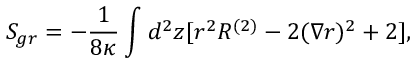
S _ { g r } = - { \frac { 1 } { 8 \kappa } } \int _ { } ^ { } d ^ { 2 } z [ r ^ { 2 } R ^ { ( 2 ) } - 2 ( \nabla r ) ^ { 2 } + 2 ] ,